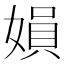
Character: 㜏